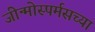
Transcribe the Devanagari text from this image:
जीन्मोस्पर्मसच्या